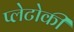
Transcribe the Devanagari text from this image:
प्लेटोकी